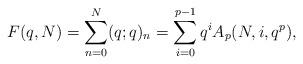
LaTeX: \begin{align*}F(q,N) = \sum_{n=0}^N (q;q)_n = \sum_{i=0}^{p-1} q^i A_p(N,i, q^p),\end{align*}